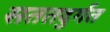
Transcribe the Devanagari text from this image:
सततदुर्गत